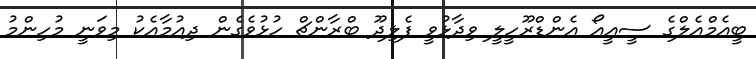
ބީއެމްއެލްގެ ސީއީއޯ އެންޑްރޫހީލީ ވިދާޅުވީ ފެލިދޫ ބްރާންޗް ހުޅުވެގެން ދިއުމާއެކު މިވަނީ މުހިންމު